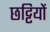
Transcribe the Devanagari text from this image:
छट्टियों